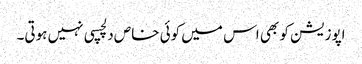
اپوزیشن کو بھی اس میں کوئی خاص دلچسپی نہیں ہوتی۔